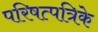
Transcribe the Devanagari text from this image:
परिषत्पत्रिके